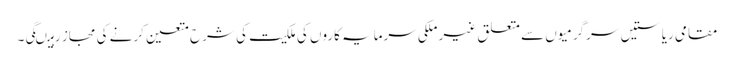
مقامی ریاستیں سرگرمیوں سے متعلق غیر ملکی سرمایہ کاروں کی ملکیت کی شرح متعین کرنے کی مجاز رہیںگی۔